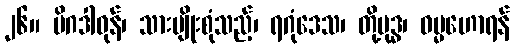
၂၆။ မိဂဒါဝုန်၊ သားမျိုးစုံသည့်၊ ရဂုံဒေသ၊ တို့ဗုဒ္ဓ၊ ဓမ္မဟောရန်